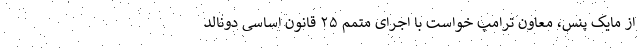
از مایک پنس، معاون ترامپ خواست با اجرای متمم ۲۵ قانون اساسی دونالد